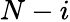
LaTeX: N-i